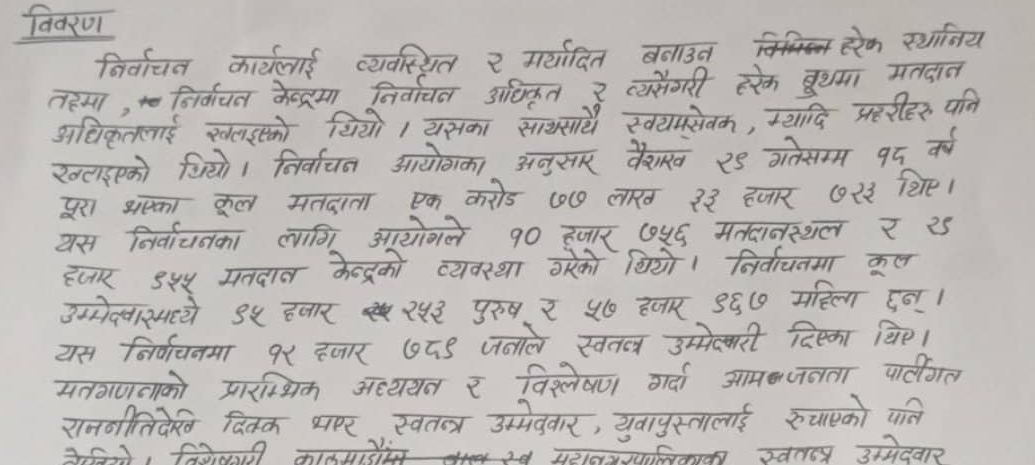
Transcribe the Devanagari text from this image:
विवरण
निर्वाचन कार्यालयलाई व्यवस्थित र मर्यादित बनाउन विभिन्न हरेक स्थानीय
तहमा, निर्वाचन केन्द्रमा निर्वाचन अधिकृत र त्यसैगरी हरेक बूथमा मतदान
अधिकृतलाई खटाइएको थियो । यसका साथसाथै स्वयंसेवक , म्यादी प्रहरीहरु पनि
खटाइएको थियो । निर्वाचन आयोगका अनुसार वैशाख २३ गतेसम्म १८ वर्ष
पुरा भएका कुल मतदाता एक करोड ७७ लाख २३ हजार ७२३ थिए ।
यस निर्वाचनका लागि आयोगले १० हजार ७५६ मतदानस्थल र २
हजार ७५५ मतदान केन्द्रको व्यवस्था गरेको थियो । निर्वाचनमा कुल
उम्मेदवारमध्ये २६ हजार ६५३ पुरुष र ५७ हजार ६६७ महिला छन् ।
यस निर्वाचनमा १२ हजार ७८९ जनाले स्वतन्त्र उम्मेदवारी दिएका थिए ।
मतगणनाको प्रारम्भिक अध्ययन र विश्लेषण गर्दा आम जनता पार्टीगत
रणनीतिदेखेको ठिकठिक भएर स्वतन्त्र उम्मेदवार, युवापुस्तालाई रुचाएको पनि
देखियो । विशेषगरी काठमाडौं बाग्लुङ्ग महानगरपालिकाका स्वतन्त्र उम्मेदवार